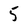
Character: 5